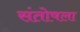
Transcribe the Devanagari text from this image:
संतोषला